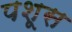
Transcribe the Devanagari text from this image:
पशूस